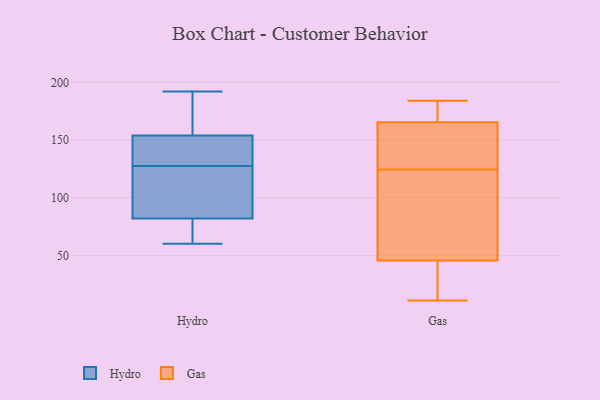
{"axis": {"x": "Operating Costs (USD K)", "y": "Value"}, "legend": ["Gas", "Hydro"], "data": [{"x": "", "y": 146, "type": "Hydro"}, {"x": "", "y": 111, "type": "Hydro"}, {"x": "", "y": 82, "type": "Hydro"}, {"x": "", "y": 168, "type": "Hydro"}, {"x": "", "y": 60, "type": "Hydro"}, {"x": "", "y": 179, "type": "Hydro"}, {"x": "", "y": 154, "type": "Hydro"}, {"x": "", "y": 192, "type": "Hydro"}, {"x": "", "y": 76, "type": "Hydro"}, {"x": "", "y": 106, "type": "Hydro"}, {"x": "", "y": 101, "type": "Hydro"}, {"x": "", "y": 144, "type": "Hydro"}, {"x": "", "y": 147, "type": "Hydro"}, {"x": "", "y": 81, "type": "Hydro"}, {"x": "", "y": 167, "type": "Gas"}, {"x": "", "y": 30, "type": "Gas"}, {"x": "", "y": 40, "type": "Gas"}, {"x": "", "y": 171, "type": "Gas"}, {"x": "", "y": 11, "type": "Gas"}, {"x": "", "y": 51, "type": "Gas"}, {"x": "", "y": 154, "type": "Gas"}, {"x": "", "y": 184, "type": "Gas"}, {"x": "", "y": 164, "type": "Gas"}, {"x": "", "y": 98, "type": "Gas"}, {"x": "", "y": 151, "type": "Gas"}, {"x": "", "y": 96, "type": "Gas"}]}